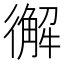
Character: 𢖆